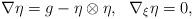
LaTeX: \begin{align*}\nabla \eta=g-\eta\otimes\eta, \ \ \nabla_{\xi} \eta=0,\end{align*}